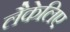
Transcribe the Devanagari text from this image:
लैकेलिए